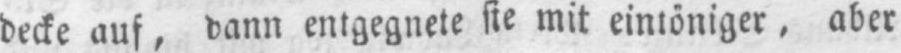
decke auf, dann entgegnete sie mit eintöniger, aber